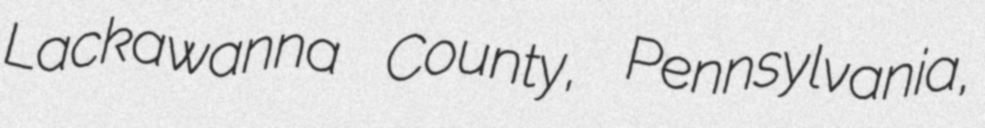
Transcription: Lackawanna County, Pennsylvania,